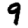
Digit: 9